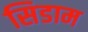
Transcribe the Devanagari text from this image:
सिडाम